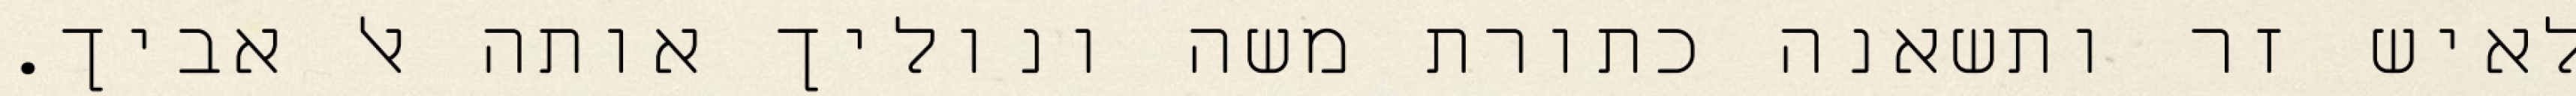
לאיש זר ותשאנה כתורת משה ונוליך אותה אל אביך.